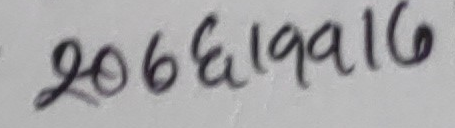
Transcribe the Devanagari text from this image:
२०६६।११।६